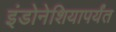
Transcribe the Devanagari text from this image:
इंडोनेशियापर्यंत